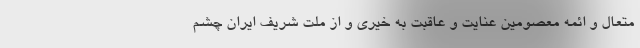
متعال و ائمه معصومین عنایت و عاقبت به خیری و از ملت شریف ایران چشم